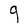
Character: g